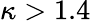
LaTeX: \kappa>1.4